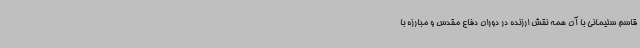
قاسم سلیمانی با آن همه نقش ارزنده در دوران دفاع مقدس و مبارزه با